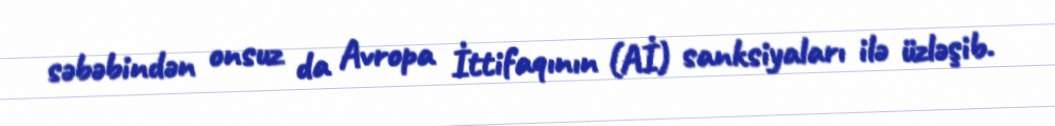
səbəbindən onsuz da Avropa İttifaqının (Aİ) sanksiyaları ilə üzləşib.